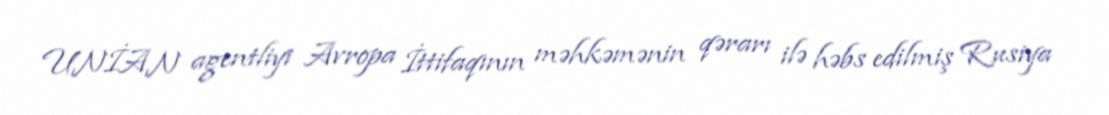
UNİAN agentliyi Avropa İttifaqının məhkəmənin qərarı ilə həbs edilmiş Rusiya